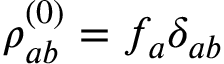
\rho _ { a b } ^ { ( 0 ) } = f _ { a } \delta _ { a b }